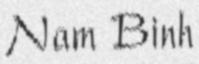
Nam Binh